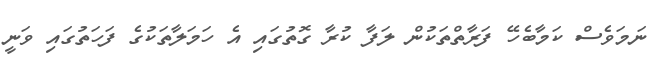
ނަމަވެސް ކަމާބެހޭ ފަރާތްތަކުން ލަފާ ކުރާ ގޮތުގައި އެ ހަމަލާތަކުގެ ފަހަތުގައި ވަނީ